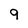
Character: 9